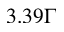
3 . 3 9 \Gamma